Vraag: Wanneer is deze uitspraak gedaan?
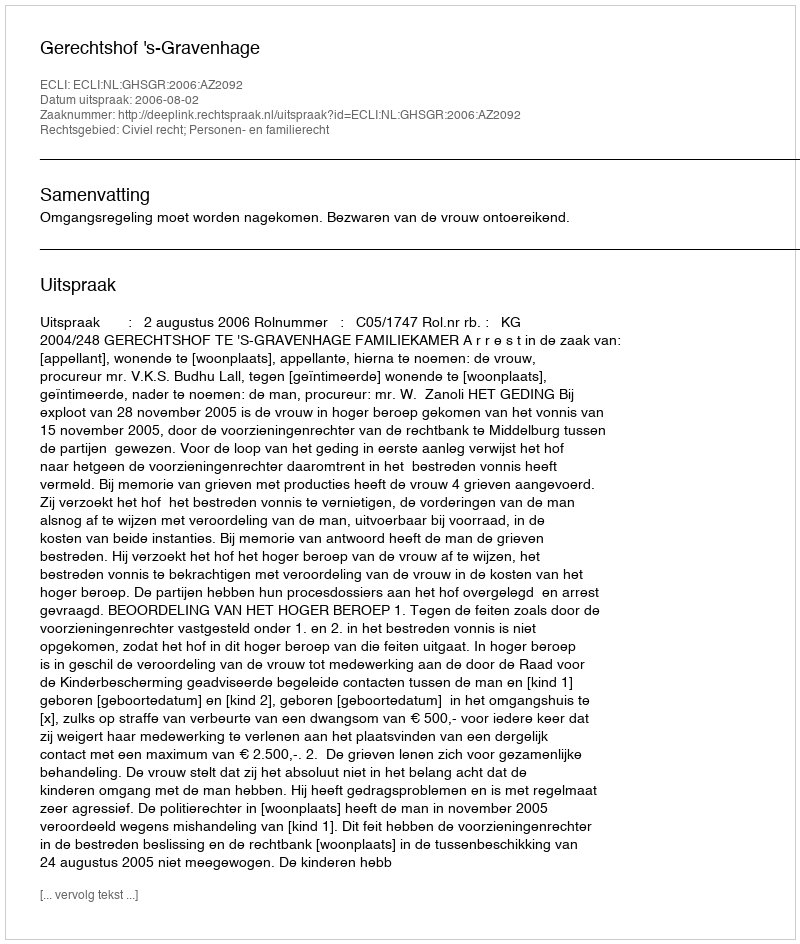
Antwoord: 2006-08-02